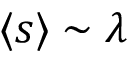
\langle s \rangle \sim \lambda